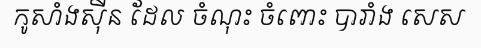
កូសាំងស៊ីន ដែល ចំណុះ ចំពោះ បារាំង សេស